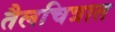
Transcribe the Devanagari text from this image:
तैलचित्रात